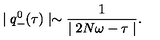
\mid q _ { - } ^ { 0 } ( \tau ) \mid \sim \frac { 1 } { \mid 2 N \omega - \tau \mid } .